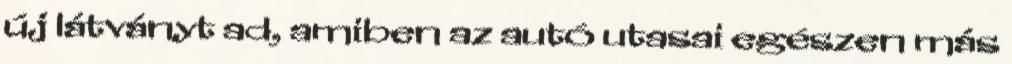
új látványt ad, amiben az autó utasai egészen más